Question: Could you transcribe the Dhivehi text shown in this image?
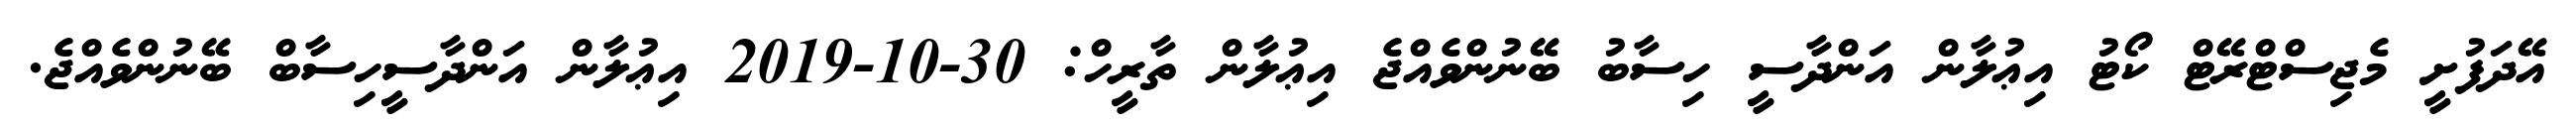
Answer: އޭދަފުށީ މެޖިސްޓްރޭޓް ކޯޓު އިޢުލާން އަންދާސީ ހިސާބު ބޭނުންވެއްޖެ އިޢުލާން ތާރީހް: 30-10-2019 އިޢުލާން އަންދާސީހިސާބް ބޭނުންވެއްޖެ.